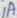
Text: 1A